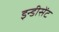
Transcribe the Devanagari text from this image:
इन्डीसेंट